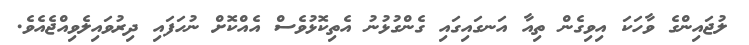
ލުޖައިންގެ ވާހަކަ އިވިގެން ތިއާ އަނގައިގައި ގެންގުޅުނު އެތިކޮޅުވެސް އެއްކޮށް ނުހަފައި ދިރުވައިލެވިއްޖެއެވެ.